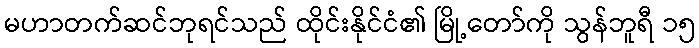
မဟာတက်ဆင်ဘုရင်သည် ထိုင်းနိုင်ငံ၏ မြို့တော်ကို သွန်ဘူရီ ၁၅